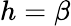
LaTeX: h=\beta